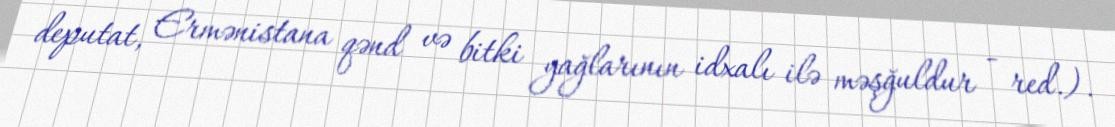
deputat, Ermənistana qənd və bitki yağlarının idxalı ilə məşğuldur - red.).